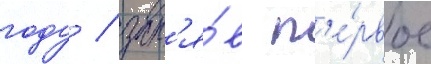
году / зан'я́в п'е́рвое